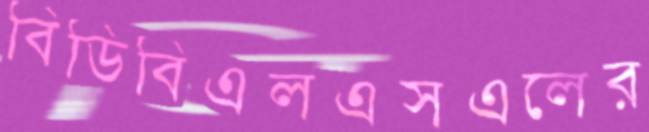
বিডিবিএলএসএলের